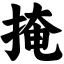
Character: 掩